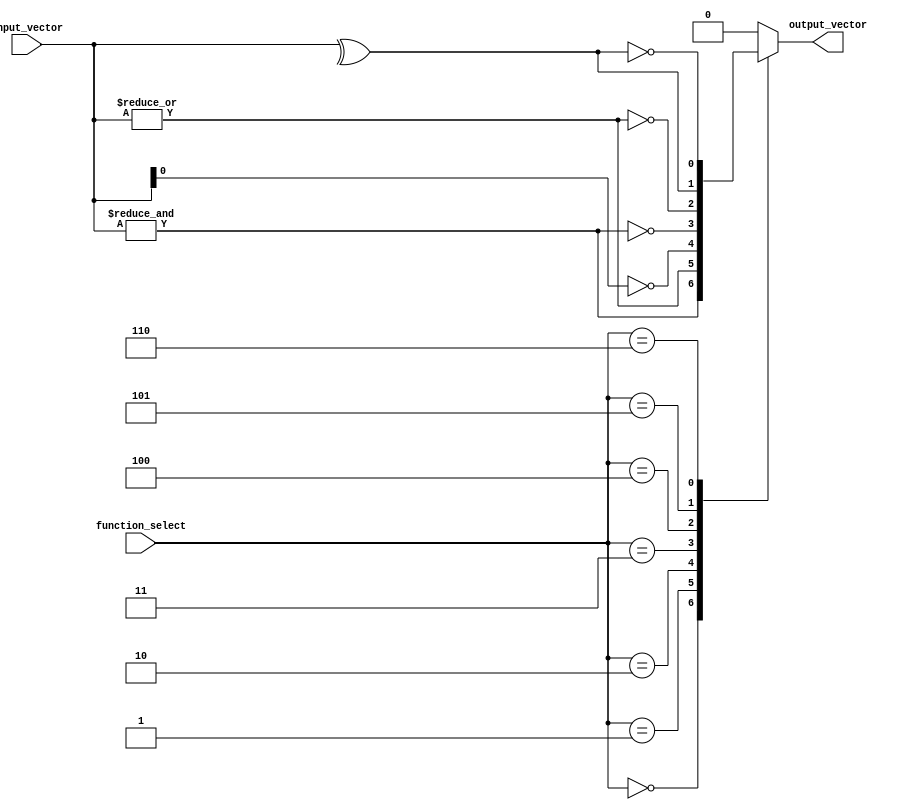
module combinational_logic_block #(
    parameter N = 4, // Number of inputs
    parameter M = 1   // Number of outputs
)(
    input  wire [N-1:0] input_vector, // Input vector of size N
    input  wire [2:0]   function_select, // Function selector
    output reg  [M-1:0] output_vector // Output vector of size M
);

// Function selection constants
localparam AND_FUNC  = 3'b000;
localparam OR_FUNC   = 3'b001;
localparam NOT_FUNC  = 3'b010;
localparam NAND_FUNC = 3'b011;
localparam NOR_FUNC  = 3'b100;
localparam XOR_FUNC  = 3'b101;
localparam XNOR_FUNC = 3'b110;

// Combinational logic based on the function select
always @(*) begin
    case (function_select)
        AND_FUNC:  output_vector = &input_vector;                 // AND
        OR_FUNC:   output_vector = |input_vector;                 // OR
        NOT_FUNC:  output_vector = ~input_vector[0];              // NOT on first input (single bit output)
        NAND_FUNC: output_vector = ~( &input_vector );            // NAND
        NOR_FUNC:  output_vector = ~( |input_vector );            // NOR
        XOR_FUNC:  output_vector = ^input_vector;                 // XOR
        XNOR_FUNC: output_vector = ~( ^input_vector );            // XNOR
        default:   output_vector = {M{1'b0}};                     // Default to zero
    endcase
end

endmodule